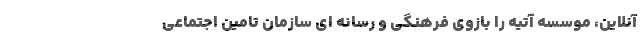
آنلاین، موسسه آتیه را بازوی فرهنگی و رسانه ای سازمان تامین اجتماعی